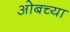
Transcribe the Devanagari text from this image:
ओबच्या